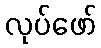
လုပ်ဖော်